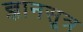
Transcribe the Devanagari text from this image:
ज्ञानसूत्र